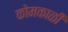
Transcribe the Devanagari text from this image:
कोमकाळी